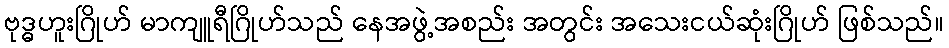
ဗုဒ္ဓဟူးဂြိုဟ် မာကျူရီဂြိုဟ်သည် နေအဖွဲ့အစည်း အတွင်း အသေးငယ်ဆုံးဂြိုဟ် ဖြစ်သည်။